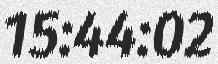
15:44:02